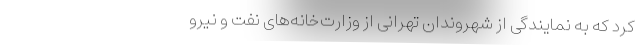
کرد که به نمایندگی از شهروندان تهرانی از وزارت‌خانه‌های نفت و نیرو